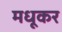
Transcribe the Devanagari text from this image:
मधूकर